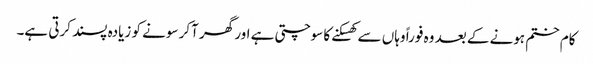
کام ختم ہونے کے بعد وہ فوراً وہاں سے کھسکنے کا سوچتی ہے اور گھر آکر سونے کو زیادہ پسند کرتی ہے۔